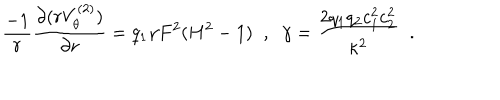
\frac { - 1 } { r } \frac { \partial ( r V _ { \theta } ^ { ( 2 ) } ) } { \partial r } = q _ { 1 } \gamma F ^ { 2 } ( H ^ { 2 } - 1 ) \; \; , \; \; \gamma = \frac { 2 q _ { 1 } q _ { 2 } c _ { 1 } ^ { 2 } c _ { 2 } ^ { 2 } } { \kappa ^ { 2 } } \; \; .